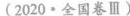
(2020·全国卷Ⅲ)